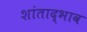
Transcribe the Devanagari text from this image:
शांताद्भाव